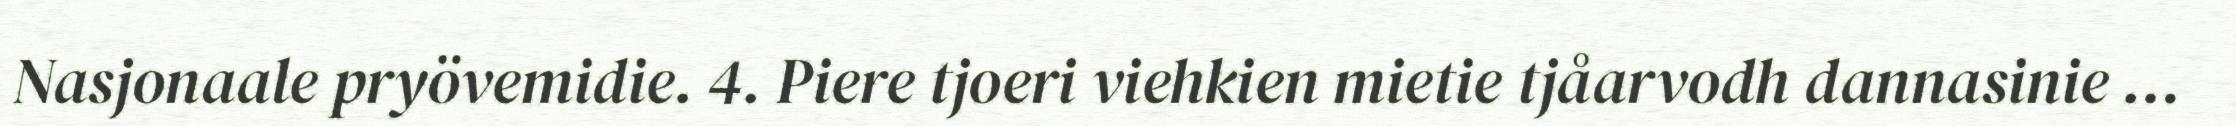
Nasjonaale pryövemidie. 4. Piere tjoeri viehkien mietie tjåarvodh dannasinie …